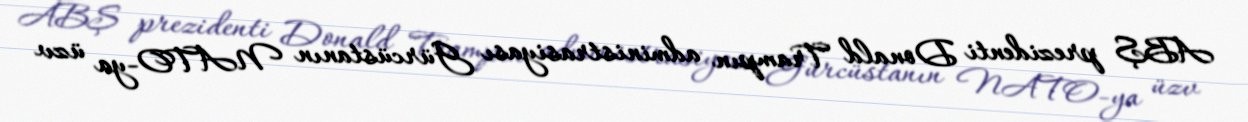
ABŞ prezidenti Donald Trampın administrasiyası Gürcüstanın NATO-ya üzv